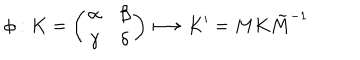
\phi : K = \left( \begin{array} { c c } { { \alpha } } & { { \beta } } \\ { { \gamma } } & { { \delta } } \\ \end{array} \right) \longmapsto K ^ { \prime } = M K \tilde { M } ^ { - 1 }